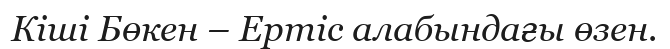
Кіші Бөкен – Ертіс алабындағы өзен.